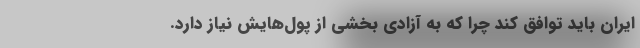
ایران باید توافق کند چرا که به آزادی بخشی از پول‌هایش نیاز دارد.